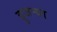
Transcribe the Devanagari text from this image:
हुजऱ्या